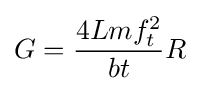
G={\frac {4Lmf_{t}^{2}}{bt}}R